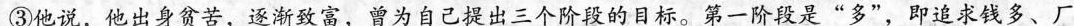
③他说，他出身贫苦，逐渐致富，曾为自己提出三个阶段的目标。第一阶段是“多”，即追求钱多、厂